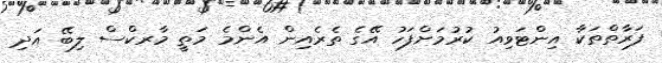
ފަރާތްތަކާ އިންޓަވިއު ކުރުމަށްފަހު އޭގެ ތެރެއިން އެންމެ މަތީ މާރކްސް ލިބޭ އަދި